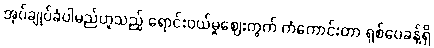
အုပ်ချုပ်ခံပါမည်ဟူသည့် ရောင်းဝယ်မှုဈေးကွက် ကံကောင်းတာ ရှစ်ပေခန့်ရှိ